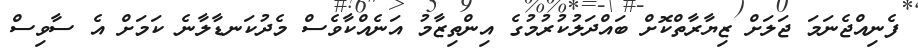
ފެނިއްޖެނަމަ ޖަލަށް ޒިޔާރާތްކޮށް ބައްދަލުކުރުމުގެ އިންތިޒާމު އަނެއްކާވެސް މެދުކަނޑާލާނެ ކަމަށް އެ ސާވިސް